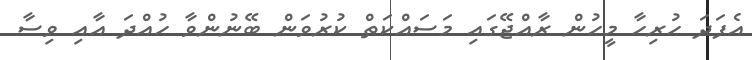
އެފަދަ ހުރިހާ މީހުން ރާއްޖޭގައި މަސައްކަތް ކުރުވަން ބޭނުންވާ ހުއްދަ އާއި ވިސާ